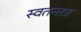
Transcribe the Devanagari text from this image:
स्वतन्तत्र